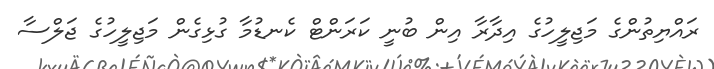
ރައްޔިތުންގެ މަޖިލީހުގެ އިދާރާ އިން ބުނީ ކަރަންޓް ކެނޑުމާ ގުޅިގެން މަޖިލީހުގެ ޖަލްސާ